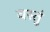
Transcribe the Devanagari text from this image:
वस्तुं